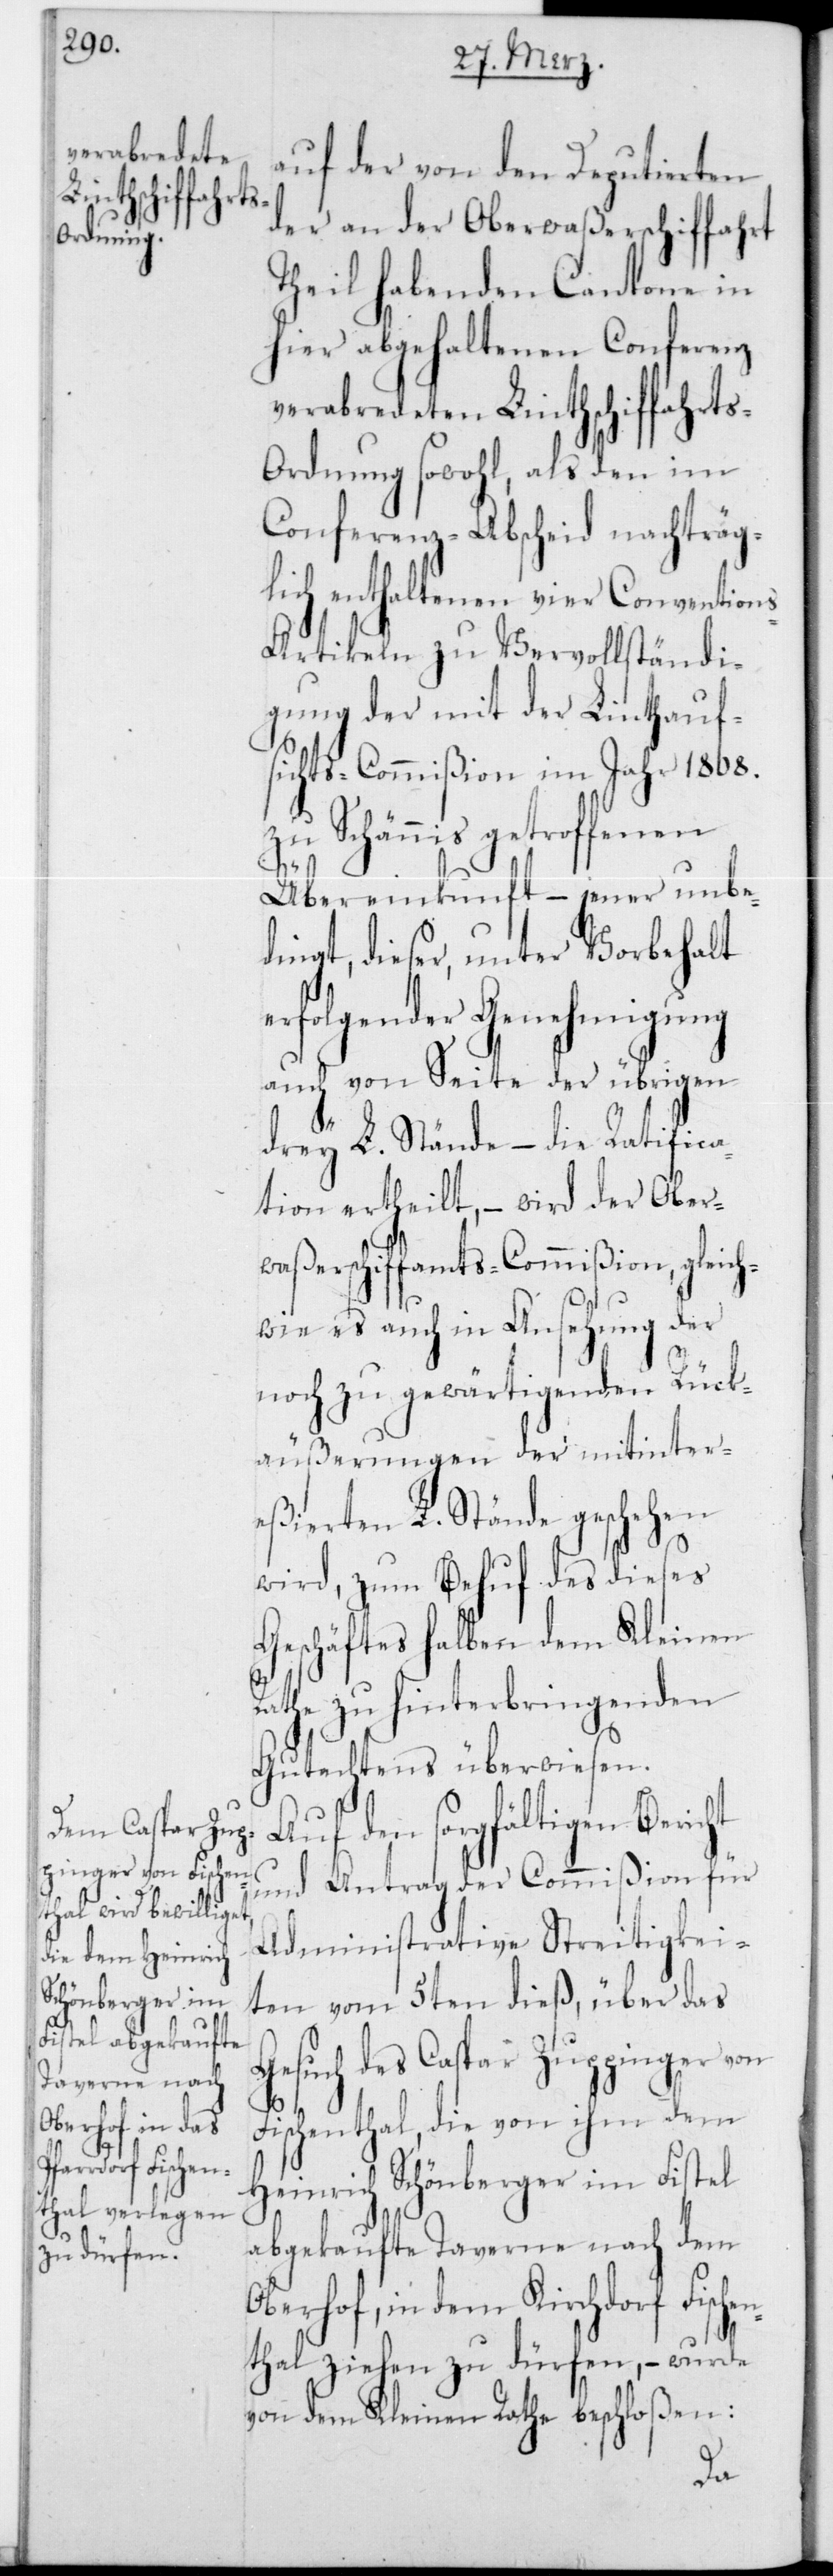
auf der von den Deputierten
der an der Oberwaßerschiffahrt
theil habenden Cantone in
hier abgehaltenen Conferenz
verabredeten Linthschiffahrt¬
s-Ordnung sowohl, als den im
Conferenz-Abscheid nachträg¬
lich enthaltenen vier Convention¬
s-Artikeln zu Vervollständi¬
gung der mit der Linthauf¬
sichts-Commißion im Jahr 1808
zu Schännis getroffenen
Übereinkunft – jener unbe¬
dingt, dieser unter Vorbehalt
erfolgender Genehmigung
auch von Seite der übrigen
drey L. Stände – die Ratifica¬
tion ertheilt, – wird der Ober¬
waßerschiffamts-Commißion, gleich¬
wie es auch in Ansehung der
noch zu gewärtigenden Rück¬
äußerungen der mitinter¬
eßierten L. Stände geschehen
wird, zum Behuf des dieses
Geschäftes halben dem Kleinen
Rathe zu hinterbringenden
Gutachtens überwiesen.
Auf den sorgfältigen Beri¬
cht und Antrag der
Administrative Streitigkei¬
ten vom 5ten dieß, über das
Gesuch des Caspar Zuppinger von
Fischenthal, die von ihm dem
Heinrich Schönberger im Fistel
abgekaufte Taverne nach dem
Oberhof, in dem Kirchdorf Fische¬
nthal ziehen zu dürfen, – wurde
von dem Kleinen Rathe beschloßen: